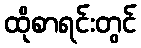
ထိုစာရင်းတွင်